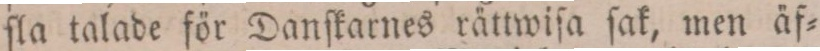
ſla talade för Danſkarnes rättwiſa ſak, men äf=